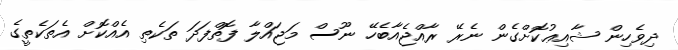
ދިވެހިން ޝާއިޢުކޮށްގެން ނެރޭ ރާއްޖެއާބެހޭ ނޫސް މަޖައްލާ ފޮތްފަދަ ތަކެތި އެއްކޮށް އެތަކެތީގެ